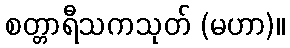
စတ္တာရီသကသုတ် (မဟာ)။